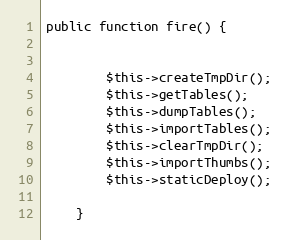
Language: PHP
public function fire() {

        $this->createTmpDir();
        $this->getTables();
        $this->dumpTables();
        $this->importTables();
        $this->clearTmpDir();
        $this->importThumbs();
        $this->staticDeploy();

    }